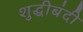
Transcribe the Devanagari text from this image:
शुद्धीबंदी